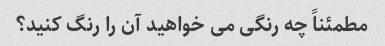
مطمئناً چه رنگی می خواهید آن را رنگ کنید؟